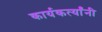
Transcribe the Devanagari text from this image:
कार्यकर्त्यांंनी